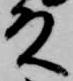
殿